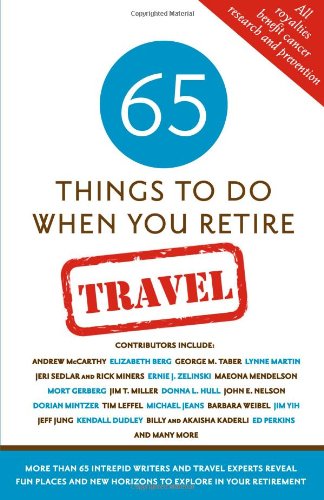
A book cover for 65 Things To Do When You Retire: Travel - 65 Intrepid Travel Writers and Experts Reveal Fun Places and New Horizons to Explore in Your Retirement; Mark Evan Chimsky; Travel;